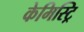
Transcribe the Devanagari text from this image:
केमिस्ट्रि